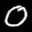
Label: 0